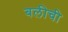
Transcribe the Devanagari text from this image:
बलीची